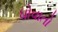
ધોવાતો